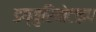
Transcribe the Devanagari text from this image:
डग्युरियोटाइप